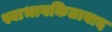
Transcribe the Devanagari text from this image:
स्वाभावकितावाद